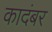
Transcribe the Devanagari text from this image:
कादंबर